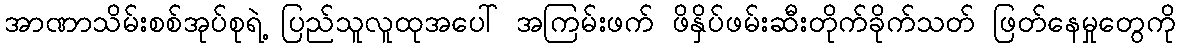
အာဏာသိမ်းစစ်အုပ်စုရဲ့ ပြည်သူလူထုအပေါ် အကြမ်းဖက် ဖိနှိပ်ဖမ်းဆီးတိုက်ခိုက်သတ် ဖြတ်နေမှုတွေကို